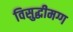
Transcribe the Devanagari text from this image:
विसुद्धीमग्ग